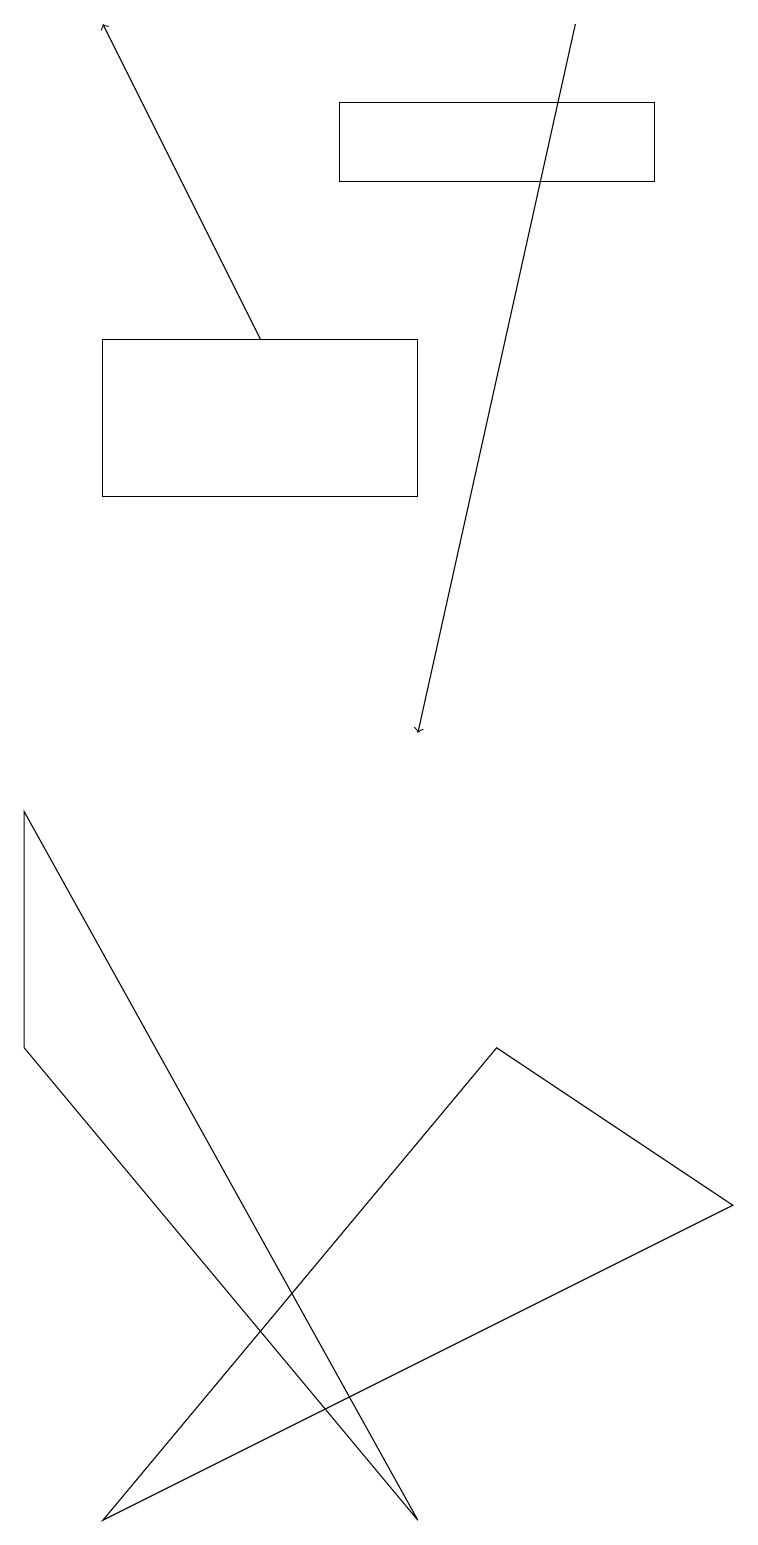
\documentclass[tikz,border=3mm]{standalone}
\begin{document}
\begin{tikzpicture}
\draw[->] (7,19) -- (5,10);
\draw (9,4) -- (1,0) -- (6,6) -- cycle;
\draw (1,15) rectangle (5,13);
\draw[->] (3,15) -- (1,19);
\draw (5,0) -- (0,9) -- (0,6) -- cycle;
\draw (8,17) rectangle (4,18);
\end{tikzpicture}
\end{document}